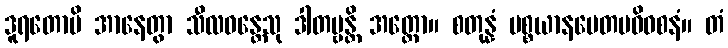
ဒူရတောပိ အာနေတွာ သီလဝန္တေသု ဒါတဗ္ဗန္တိ အတ္ထော။ စတုန္နံ ပစ္စယာနမေတမဓိဝစနံ။ တံ